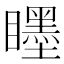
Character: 䁼